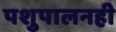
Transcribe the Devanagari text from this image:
पशुपालनही